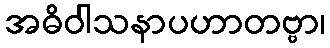
အဓိဝါသနာပဟာတဗ္ဗာ၊